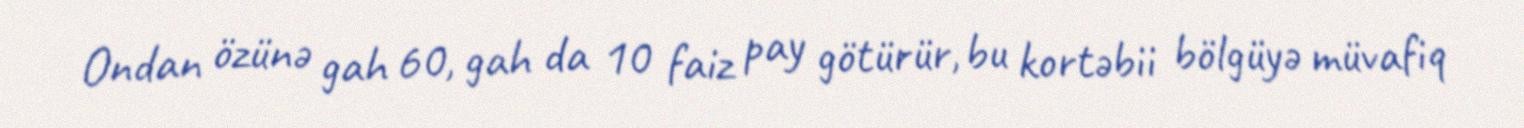
Ondan özünə gah 60, gah da 10 faiz pay götürür, bu kortəbii bölgüyə müvafiq